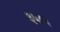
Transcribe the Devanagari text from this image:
३५८३